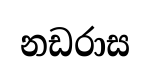
නඩරාස